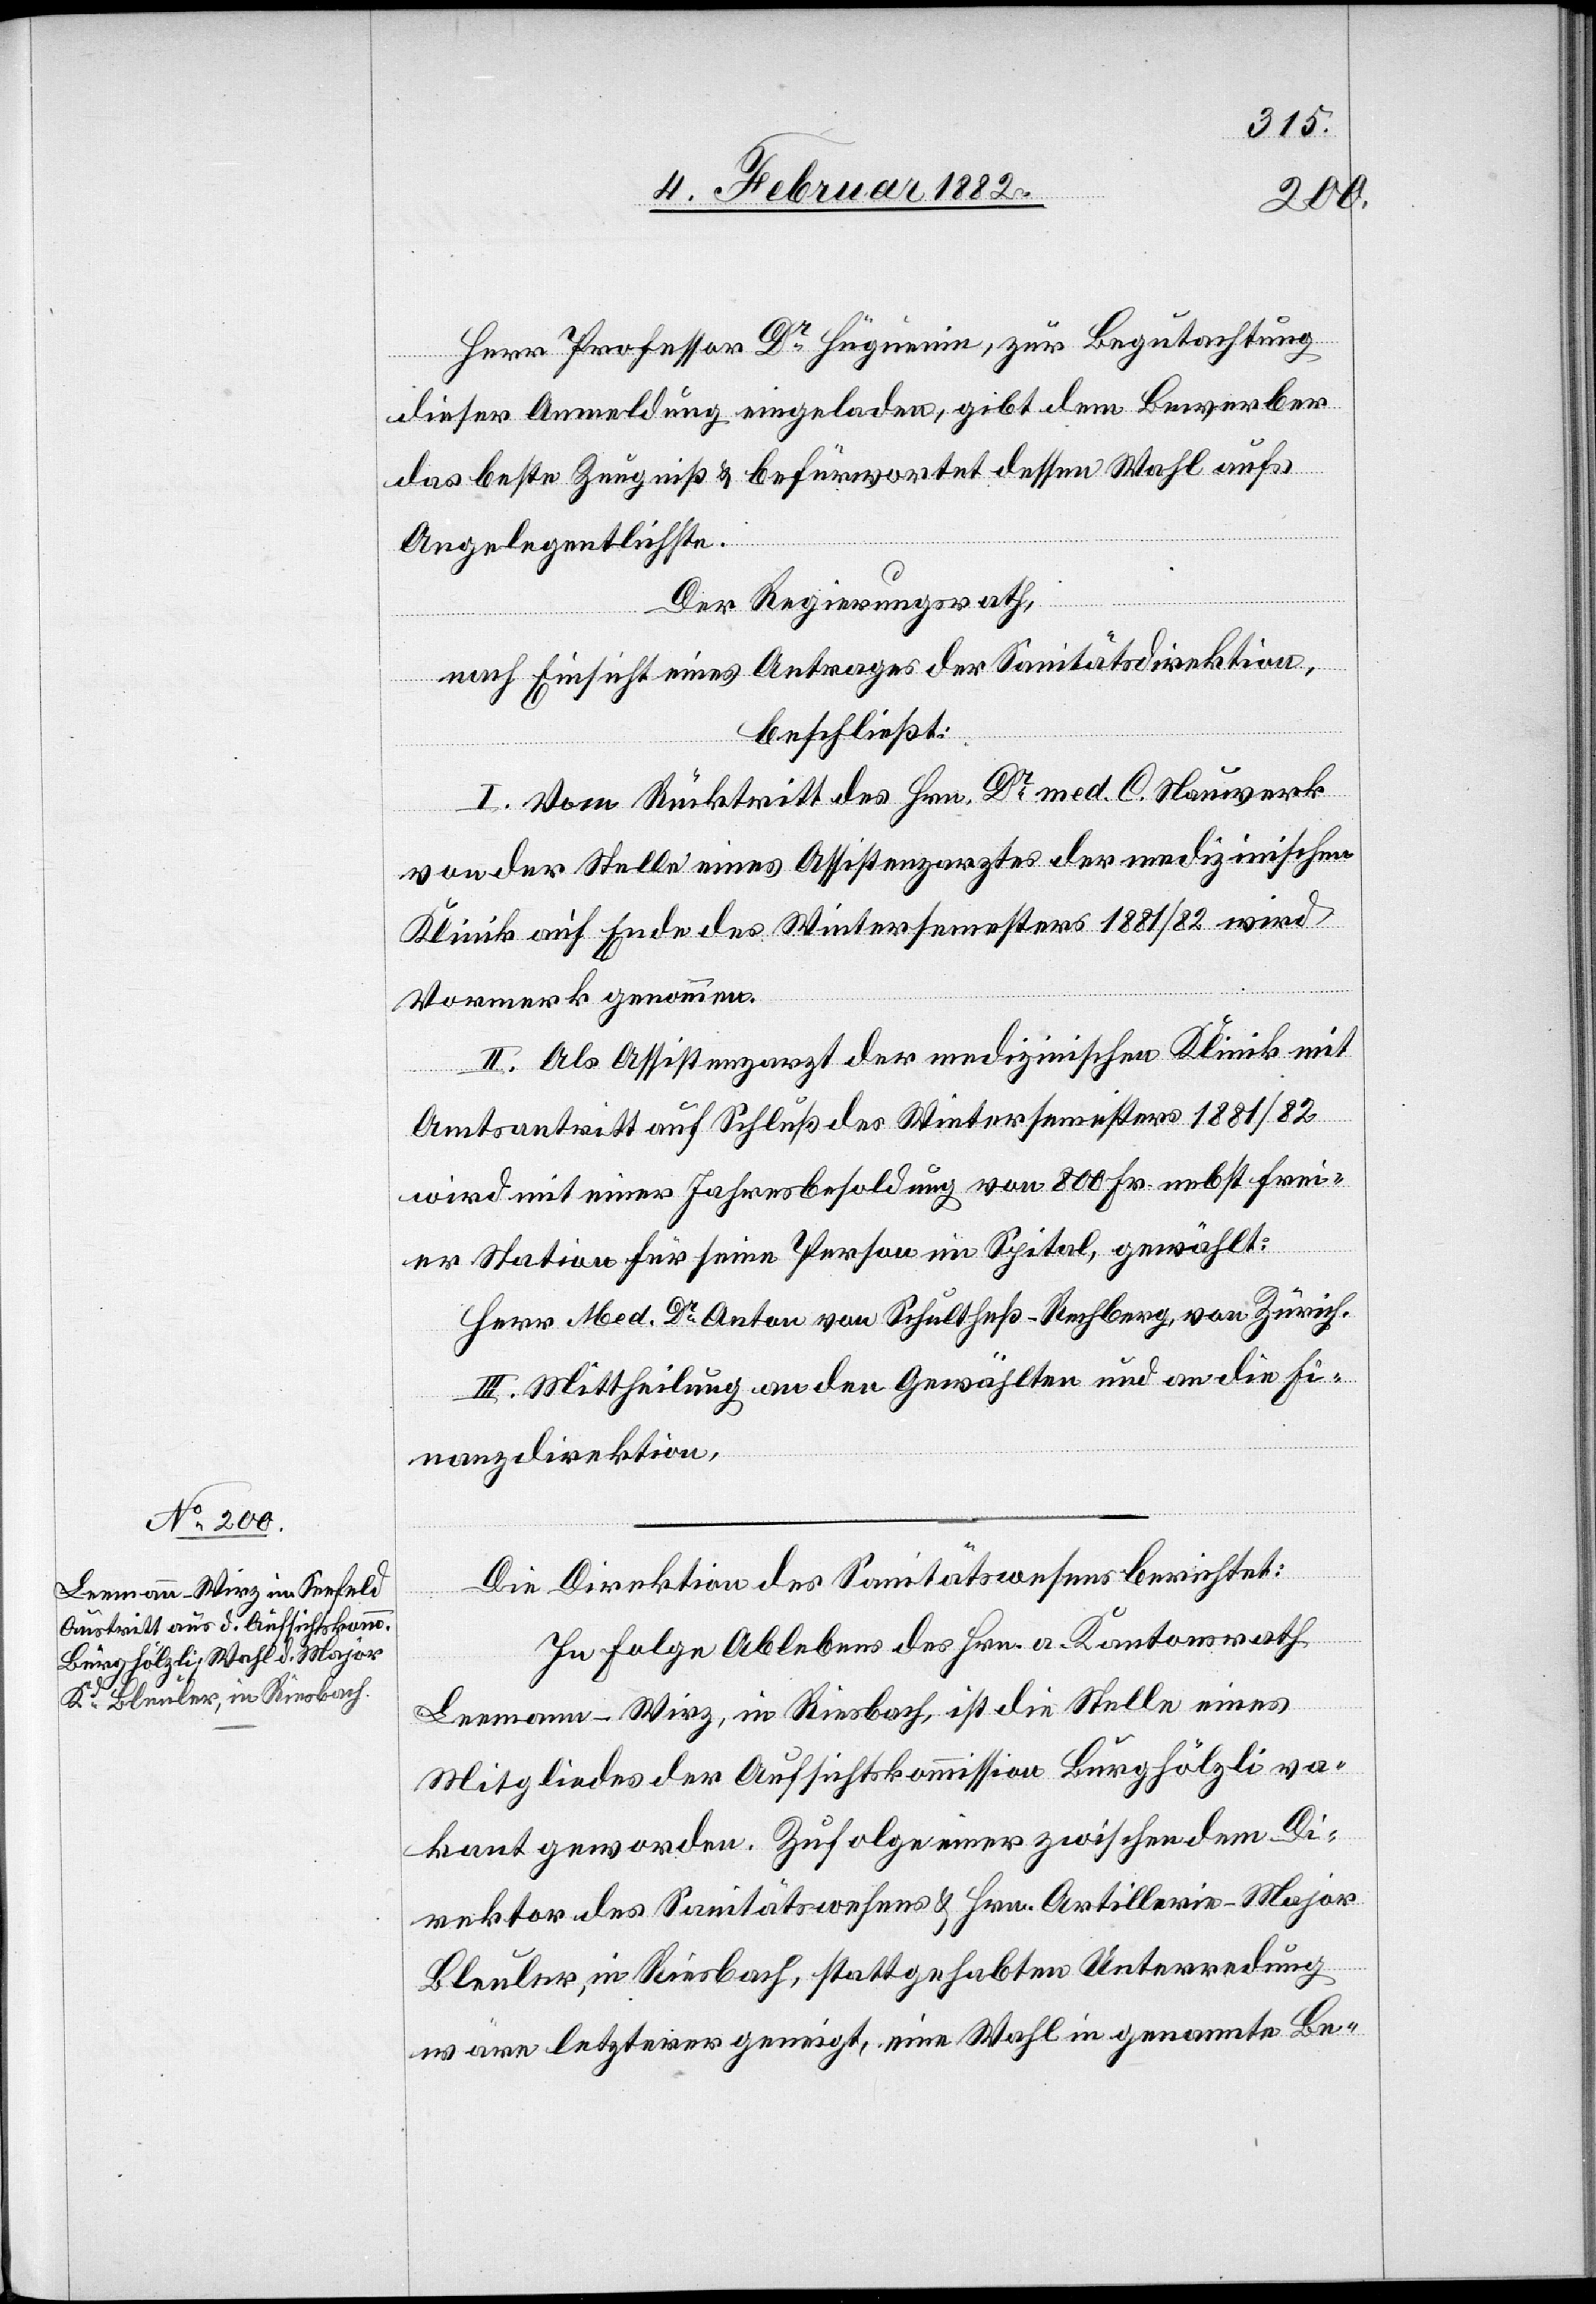
Herr Professor Dr Hügienin, zur Begutachtung
dieser Anmeldung eingeladen, gibt dem Bewerber
das beste Zeugniß & befürwortet dessen Wahl aufs
Angelegentlichste.
Der Regierungsrath,
nach Einsicht eines Antrages der Sanitätsdirektion,
beschließt:
I. Vom Rücktritt des Hrn. Dr med. C. Nauwerk
von der Stelle eines Assistenzarztes der medizinischen
Klinik auf Ende des Wintersemesters 1881/82 wird
Vormerk genommen.
II. Als Assistenzarzt der medizinischen Klinik mit
Amtsantritt auf Schluß des Wintersemesters 1881/82
wird mit einer Jahresbesoldung von 800 Fr. nebst frei¬
er Station für seine Person im Spital, gewählt:
Herr Med. Dr Anton von Schultheß - Rechberg, von Zürich.
III. Mittheilung an den Gewählten und an die Fi¬
nanzdirektion.
Die Direktion des Sanitätswesens berichtet:
In Folge Ableben des Hrn. a. Kantonsrath
Leemann - Wirz, in Riesbach, ist die Stelle eines
Mitglieds der Aufsichtskommission Burghölzli va¬
kant geworden. Zufolge einer zwischen dem Di¬
rektor des Sanitätswesens & Hrn. Artillerie-Major
Bleuler, in Riesbach, stattgehabten Unterredung
wäre letzterer geneigt, eine Wahl in genannte Be-